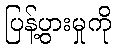
ပြန့်ပွားမှုကို